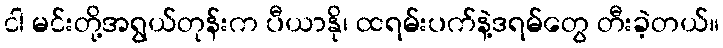
ငါ မင်းတို့အရွယ်တုန်းက ပီယာနို၊ ထရမ်းပက်နဲ့ဒရမ်တွေ တီးခဲ့တယ်။